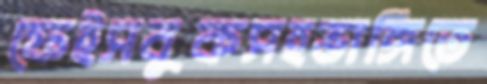
ফেইসবুকসহভাঙ্গিতে